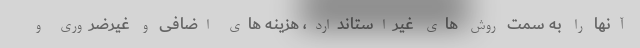
آنها را به سمت روش های غیراستاندارد، هزینه های اضافی و غیرضروری و